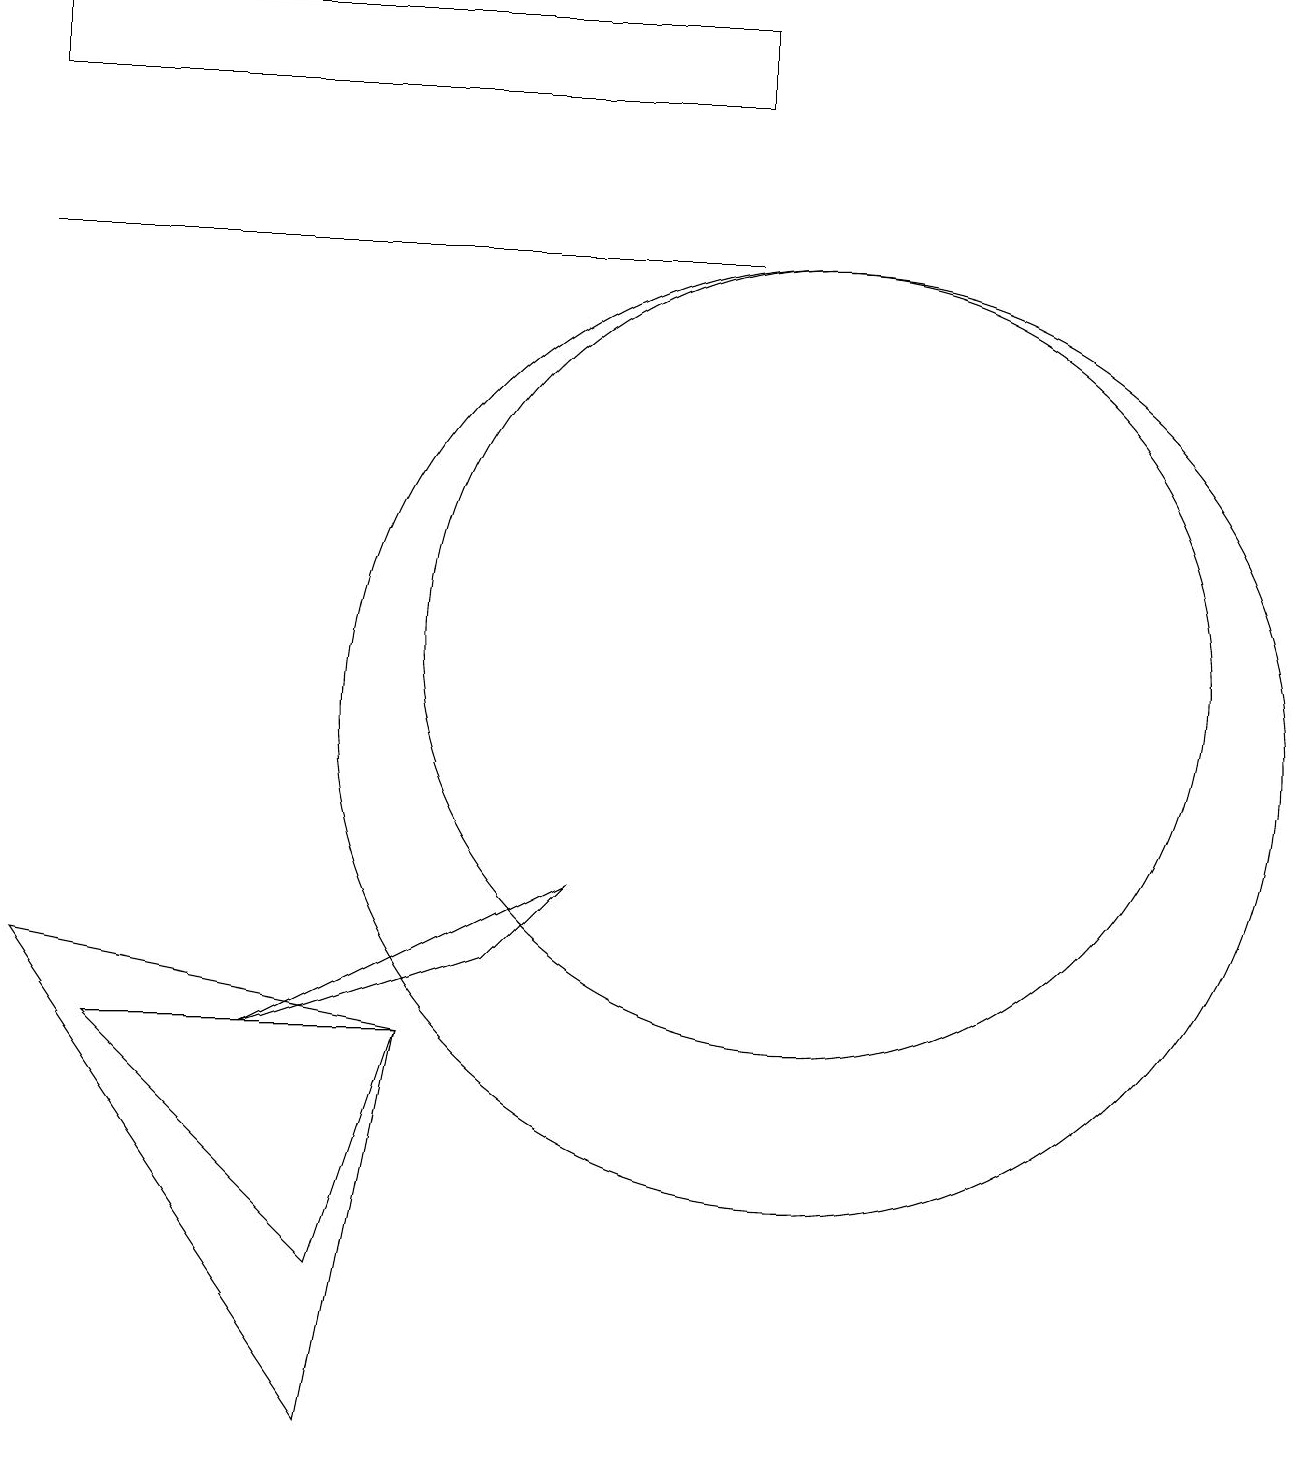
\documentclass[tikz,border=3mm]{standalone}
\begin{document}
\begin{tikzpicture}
\draw (10,10) circle (6);
\draw (3,6) -- (6,7) -- (7,8) -- cycle;
\draw (0,7) -- (5,6) -- (4,1) -- cycle;
\draw (0,19) rectangle (9,18);
\draw (9,16) rectangle (0,16);
\draw (1,6) -- (5,6) -- (4,3) -- cycle;
\draw (10,11) circle (5);
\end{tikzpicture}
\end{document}